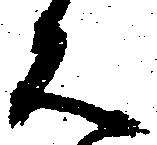
見